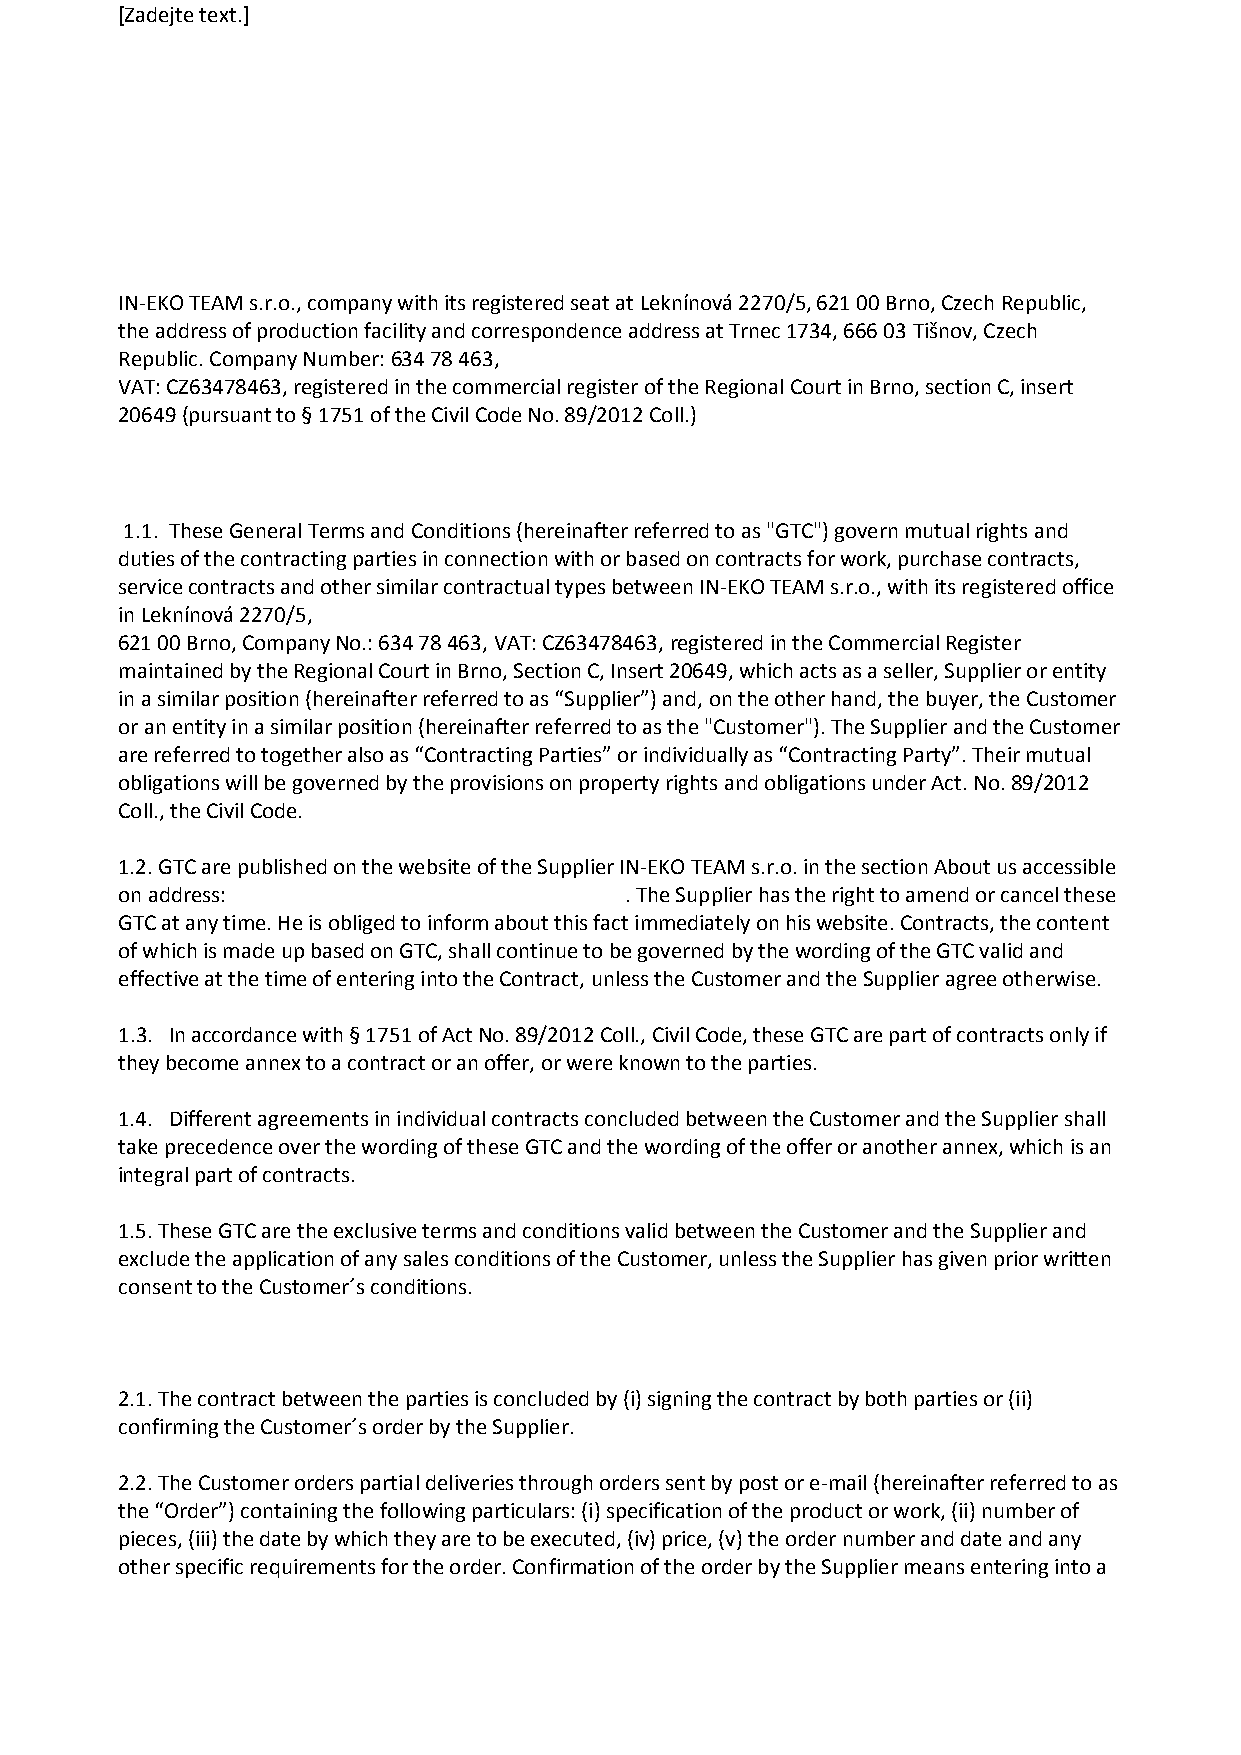
[Zadejte text.]
 General Terms and Conditions
 IN-EKO TEAM s.r.o., company with its registered seat at Leknínová 2270/5, 621 00 Brno, Czech Republic,
 the address of production facility and correspondence address at Trnec 1734, 666 03 Tišnov, Czech
 Republic. Company Number: 634 78 463,
 VAT: CZ63478463, registered in the commercial register of the Regional Court in Brno, section C, insert
 20649 (pursuant to § 1751 of the Civil Code No. 89/2012 Coll.)
 Article. 1. Introduction
 1.1. These General Terms and Conditions (hereinafter referred to as "GTC") govern mutual rights and
 duties of the contracting parties in connection with or based on contracts for work, purchase contracts,
 service contracts and other similar contractual types between IN-EKO TEAM s.r.o., with its registered office
 in Leknínová 2270/5,
 621 00 Brno, Company No.: 634 78 463, VAT: CZ63478463, registered in the Commercial Register
 maintained by the Regional Court in Brno, Section C, Insert 20649, which acts as a seller, Supplier or entity
 in a similar position (hereinafter referred to as “Supplier”) and, on the other hand, the buyer, the Customer
 or an entity in a similar position (hereinafter referred to as the "Customer"). The Supplier and the Customer
 are referred to together also as “Contracting Parties” or individually as “Contracting Party”. Their mutual
 obligations will be governed by the provisions on property rights and obligations under Act. No. 89/2012
 Coll., the Civil Code.
 1.2. GTC are published on the website of the Supplier IN-EKO TEAM s.r.o. in the section About us accessible
 on address: https://www.in-eko.com/about-us/#GTC. The Supplier has the right to amend or cancel these
 GTC at any time. He is obliged to inform about this fact immediately on his website. Contracts, the content
 of which is made up based on GTC, shall continue to be governed by the wording of the GTC valid and
 effective at the time of entering into the Contract, unless the Customer and the Supplier agree otherwise.
 1.3. In accordance with § 1751 of Act No. 89/2012 Coll., Civil Code, these GTC are part of contracts only if
 they become annex to a contract or an offer, or were known to the parties.
 1.4. Different agreements in individual contracts concluded between the Customer and the Supplier shall
 take precedence over the wording of these GTC and the wording of the offer or another annex, which is an
 integral part of contracts.
 1.5. These GTC are the exclusive terms and conditions valid between the Customer and the Supplier and
 exclude the application of any sales conditions of the Customer, unless the Supplier has given prior written
 consent to the Customer´s conditions.
 Art. 2. Entering into the contract
 2.1. The contract between the parties is concluded by (i) signing the contract by both parties or (ii)
 confirming the Customer´s order by the Supplier.
 2.2. The Customer orders partial deliveries through orders sent by post or e-mail (hereinafter referred to as
 the “Order”) containing the following particulars: (i) specification of the product or work, (ii) number of
 pieces, (iii) the date by which they are to be executed, (iv) price, (v) the order number and date and any
 other specific requirements for the order. Confirmation of the order by the Supplier means entering into a